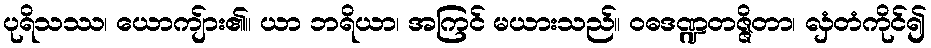
ပုရိသဿ၊ ယောကျ်ား၏။ ယာ ဘရိယာ၊ အကြင် မယားသည်။ ဝဓဒဏ္ဍတဇ္ဇိတာ၊ လှံတံကိုင်၍